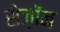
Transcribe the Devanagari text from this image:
सेज़ॉन